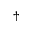
^ { \dagger }